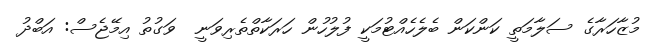
މުޒާހަރާގެ ސަލާމަތީ ކަންކަން ބެލެހެއްޓުމަކީ ފުލުހުން ހަރަކާތްތެރިވަނީ  ވަގުތު އިމޭޖެސް: އަބްދު